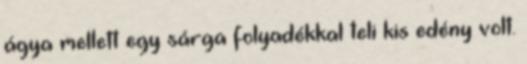
ágya mellett egy sárga folyadékkal teli kis edény volt.